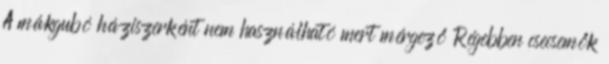
A mákgubó háziszerként nem használható mert mérgező Régebben csecsemők